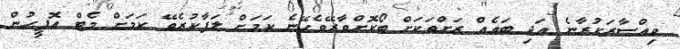
ވިއްސާރަކުރާނެ އަދި ބައެއް ރަށްތަކަށް ބޯކޮށްވާރޭވެހޭނެ ކަމަށް ލަފާކުރެވޭ ކަމަށް މެޓް އޮފީހުން